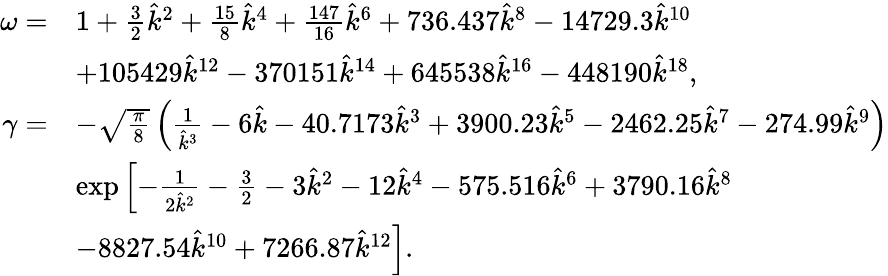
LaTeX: \begin{array}{rl}{\omega=}&{1+\frac{3}{2}\hat{k}^{2}+\frac{15}{8}\hat{k}^{4}+\frac{147}{16}\hat{k}^{6}+736.437\hat{k}^{8}-14729.3\hat{k}^{10}}\\ &{+105429\hat{k}^{12}-370151\hat{k}^{14}+645538\hat{k}^{16}-448190\hat{k}^{18},}\\ {\gamma=}&{-\sqrt{\frac{\pi}{8}}\left(\frac{1}{\hat{k}^{3}}-6\hat{k}-40.7173\hat{k}^{3}+3900.23\hat{k}^{5}-2462.25\hat{k}^{7}-274.99\hat{k}^{9}\right)}\\ &{\exp\left[-\frac{1}{2\hat{k}^{2}}-\frac{3}{2}-3\hat{k}^{2}-12\hat{k}^{4}-575.516\hat{k}^{6}+3790.16\hat{k}^{8}\right.}\\ &{\left.-8827.54\hat{k}^{10}+7266.87\hat{k}^{12}\right].}\end{array}